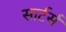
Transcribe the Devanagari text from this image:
सार्टर्स